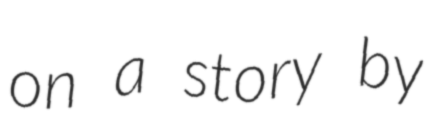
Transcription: on a story by